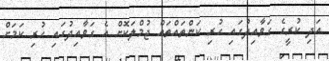
އަދި ކުރީގެ ގަވާއިދުގައި ހުރި ކަންތައްތައް ޖުމްލަކޮށް އެ ގަވާއިދުގައި ހުރި ކަމަށް